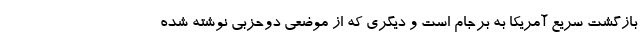
بازگشت سریع آمریکا به برجام است و دیگری که از موضعی دوحزبی نوشته شده